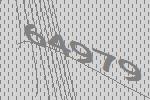
64979